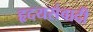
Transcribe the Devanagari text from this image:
हृदयसंवादी